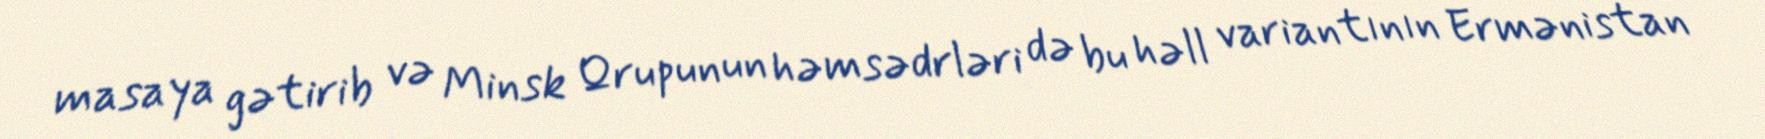
masaya gətirib və Minsk Qrupunun həmsədrləri də bu həll variantının Ermənistan